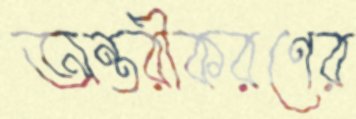
অন্তরীকরণের